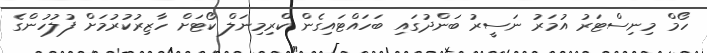
ހޯމް މިނިސްޓަރު އުމަރު ނަސީރު ބަންދުގައި ބަހައްޓައިގެން ކްރިމިނަލް ކޯޓަށް ހާޒިރުކުރުމަށް ފުލުހުންގެ